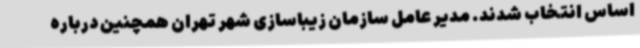
اساس انتخاب شدند. مدیر عامل سازمان زیباسازی شهر تهران همچنین درباره